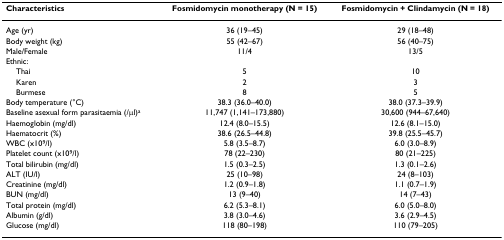
| Characteristics | Fosmidomycin monotherapy (N = 15) | Fosmidomycin + Clindamycin (N = 18) |
 | --- | --- | --- |
 | Age (yr) | 36 (19–45) | 29 (18–48) |
 | Body weight (kg) | 55 (42–67) | 56 (40–75) |
 | Male/Female | 11/4 | 13/5 |
 | Ethnic: |  |  |
 | Thai | 5 | 10 |
 | Karen | 2 | 3 |
 | Burmese | 8 | 5 |
 | Body temperature (°C) | 38.3 (36.0–40.0) | 38.0 (37.3–39.9) |
 | Baseline asexual form parasitaemia (/μl)a | 11,747 (1,141–173,880) | 30,600 (944–67,640) |
 | Haemoglobin (mg/dl) | 12.4 (8.0–15.5) | 12.6 (8.1–15.0) |
 | Haematocrit (%) | 38.6 (26.5–44.8) | 39.8 (25.5–45.7) |
 | WBC (x109/l) | 5.8 (3.5–8.7) | 6.0 (3.0–8.9) |
 | Platelet count (x109/l) | 78 (22–230) | 80 (21–225) |
 | Total bilirubin (mg/dl) | 1.5 (0.3–2.5) | 1.3 (0.1–2.6) |
 | ALT (IU/l) | 25 (10–98) | 24 (8–103) |
 | Creatinine (mg/dl) | 1.2 (0.9–1.8) | 1.1 (0.7–1.9) |
 | BUN (mg/dl) | 13 (9–40) | 14 (7–43) |
 | Total protein (mg/dl) | 6.2 (5.3–8.1) | 6.0 (5.0–8.0) |
 | Albumin (g/dl) | 3.8 (3.0–4.6) | 3.6 (2.9–4.5) |
 | Glucose (mg/dl) | 118 (80–198) | 110 (79–205) |